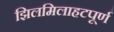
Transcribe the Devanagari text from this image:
झिलमिलाहटपूर्ण